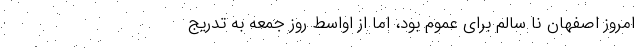
امروز اصفهان نا سالم برای عموم بود، اما از اواسط روز جمعه به تدریج